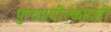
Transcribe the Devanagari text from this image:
पुण्यमयीएकादशी